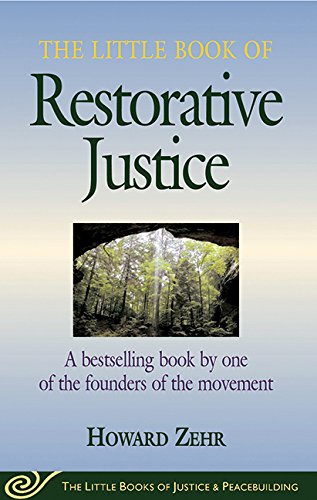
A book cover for The Little Book of Restorative Justice  (The Little Books of Justice & Peacebuilding); Howard Zehr; Law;